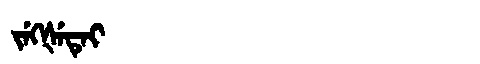
Manchu: ᠵᡝᡴᡧᡝᡨᡝᡳ
Romanization: JEKŠETEI